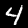
Digit: 4